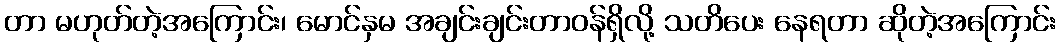
တာ မဟုတ်တဲ့အကြောင်း၊ မောင်နှမ အချင်းချင်းတာဝန်ရှိလို့ သတိပေး နေရတာ ဆိုတဲ့အကြောင်း